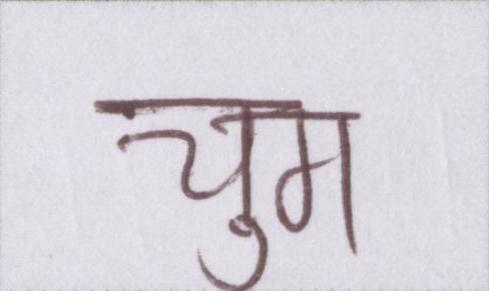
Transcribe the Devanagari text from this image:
चुग